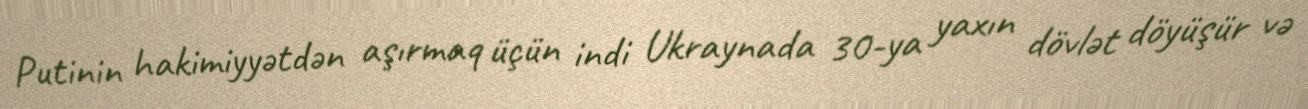
Putinin hakimiyyətdən aşırmaq üçün indi Ukraynada 30-ya yaxın dövlət döyüşür və